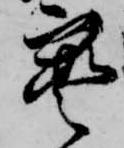
宝